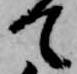
て